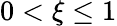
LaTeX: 0<\xi\le 1